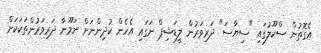
އެގޮތުން ސްކޫލުގައި "ސިޔާސަ" ދަރިވަރުން ލީޑަޝިޕް ނަގައި އެހެން ކުދިންނަށް ނަމޫނާ ދަރިވަރުންތަކަކަށް